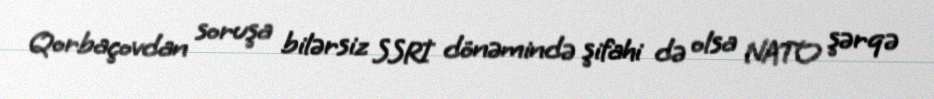
Qorbaçovdan soruşa bilərsiz SSRİ dönəmində şifahi də olsa NATO şərqə